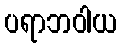
ပရာဘဝါယ